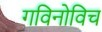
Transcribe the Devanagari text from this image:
गविनोविच